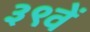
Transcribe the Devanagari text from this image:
३९वें